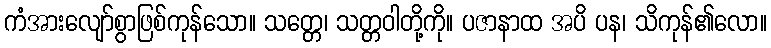
ကံအားလျော်စွာဖြစ်ကုန်သော။ သတ္တေ၊ သတ္တဝါတို့ကို။ ပဇာနာထ အပိ ပန၊ သိကုန်၏လော။